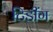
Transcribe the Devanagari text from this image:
टिडींग